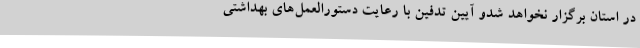
در استان برگزار نخواهد شدو آیین تدفین با رعایت دستورالعمل‌های بهداشتی